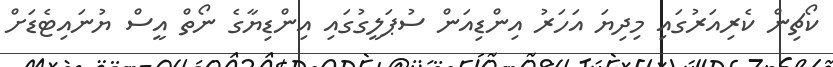
ކޯޗިން ކެރިއަރުގައި މިދިޔަ އަހަރު އިންޑިއަން ސުޕަލީގުގައި އިންޑިޔާގެ ނޯތް އީސް ޔުނައިޓެޑަށް